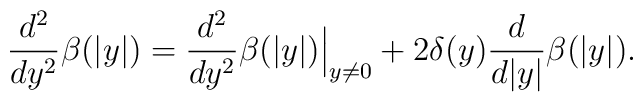
\frac{d^2}{dy^2}\beta(|y|)=\frac{d^2}{dy^2}\beta(|y|)\Big|_{y\ne 0}+2\delta(y)\frac{d}{d|y|}\beta(|y|).